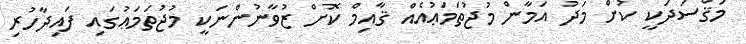
މަޤްސަދަކީ ކުށް މަދު އަމާން މުޖުތަމަޢުއެއް ޤާއިމް ކޮށް ޒުވާނުންނަކީ މުޖުތަމަޢުގައި ފައިދާހުރި